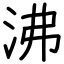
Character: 沸